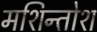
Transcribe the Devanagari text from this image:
मशिन्तोश